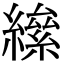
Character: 𦅍